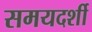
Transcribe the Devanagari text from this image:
समयदर्शी